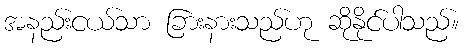
အနည်းငယ်သာ ခြားနားသည်ဟု ဆိုနိုင်ပါသည်။